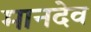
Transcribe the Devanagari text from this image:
मानदेव